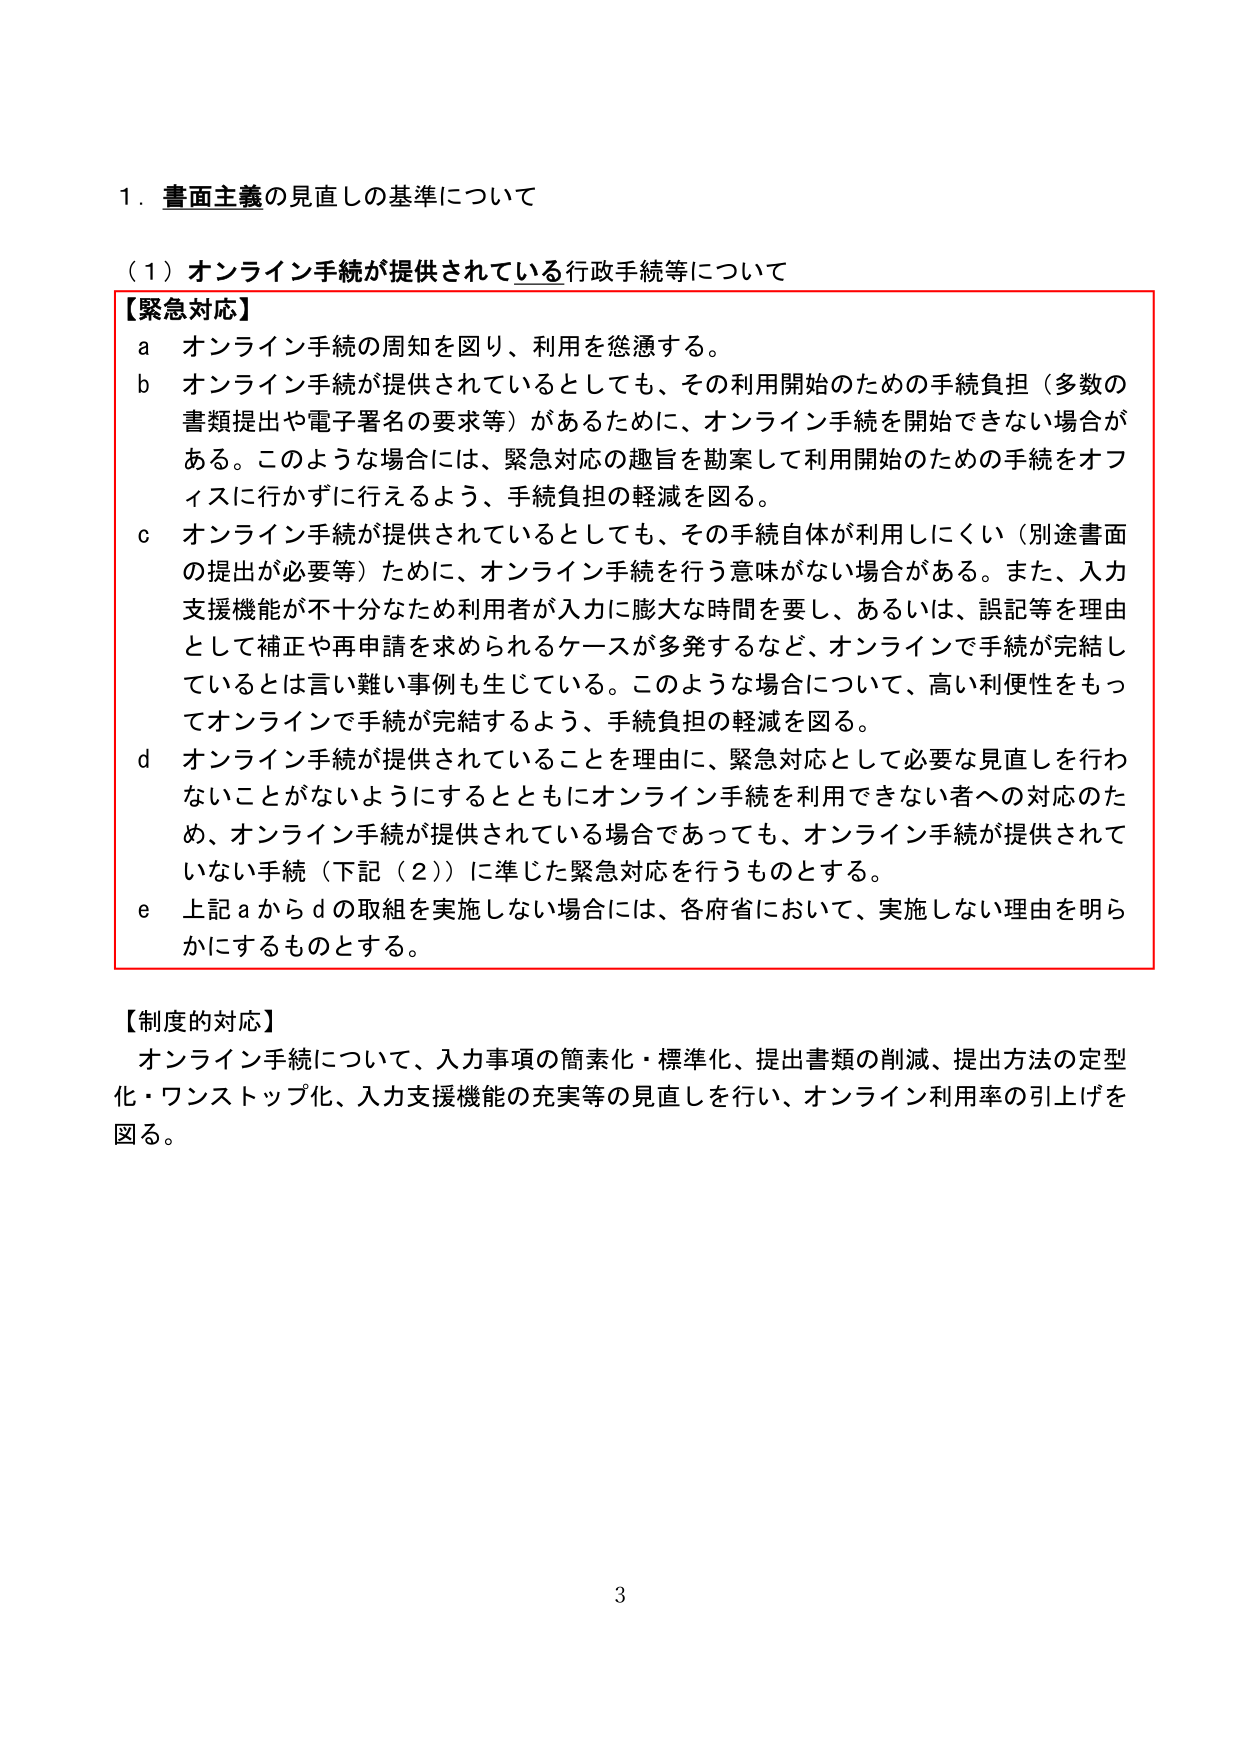
1．書面主義の見直しの基準について

（1）オンライン手続が提供されている行政手続等について

【緊急対応】
a オンライン手続の周知を図り、利用を懸濁する。
b オンライン手続が提供されているとしても、その利用開始のための手続負担（多数の書類提出や電子署名の要求等）があるために、オンライン手続を開始できない場合がある。このような場合には、緊急対応の趣旨を勘案して利用開始のための手続をオフラインに行かずに行えるよう、手続負担の軽減を図る。
c オンライン手続が提供されているとしても、その手続自体が利用しにくい（別途書面の提出が必要等）ために、オンライン手続を行う意味がない場合がある。また、入力支援機能が不十分なため利用者が入力に膨大な時間を要し、あるいは、誤記等を理由として補正や再申請を求められるケースが多発するなど、オンラインで手続が完結しているとは言い難い事例も生じている。このような場合について、高い利便性をもってオンラインで手続が完結するよう、手続負担の軽減を図る。
d オンライン手続が提供されていることを理由に、緊急対応として必要な見直しを行わないことがないようにするとともにオンライン手続を利用できない者への対応のため、オンライン手続が提供されている場合であっても、オンライン手続が提供されていない手続（下記（2））に準じた緊急対応を行うものとする。
e 上記aからdの取組を実施しない場合には、各府省において、実施しない理由を明らかにするものとする。

【制度的対応】
オンライン手続について、入力事項の簡素化・標準化、提出書類の削減、提出方法の定型化・ワンストップ化、入力支援機能の充実等の見直しを行い、オンライン利用率の引上げを図る。

3